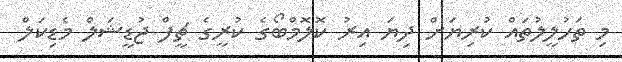
މި ތަހުލީލުތައް ކުރިޔަށް ދިޔަ އިރު ކޮލޮމްބޯގެ ކުރީގެ ޗީފް ޖުޑީޝަލް މެޑިކަލް